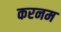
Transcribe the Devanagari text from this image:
करनम